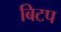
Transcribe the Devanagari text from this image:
बिटप